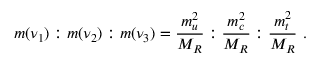
m ( \nu _ { 1 } ) : m ( \nu _ { 2 } ) : m ( \nu _ { 3 } ) = \frac { m _ { u } ^ { 2 } } { M _ { R } } : \frac { m _ { c } ^ { 2 } } { M _ { R } } : \frac { m _ { t } ^ { 2 } } { M _ { R } } ~ .